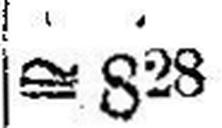
≅ 828